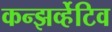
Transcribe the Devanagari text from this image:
कन्झर्व्हेटिव